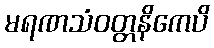
မရဏသံဝတ္တနိကေပိ